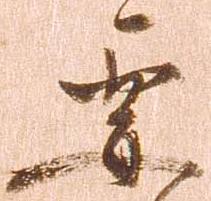
要